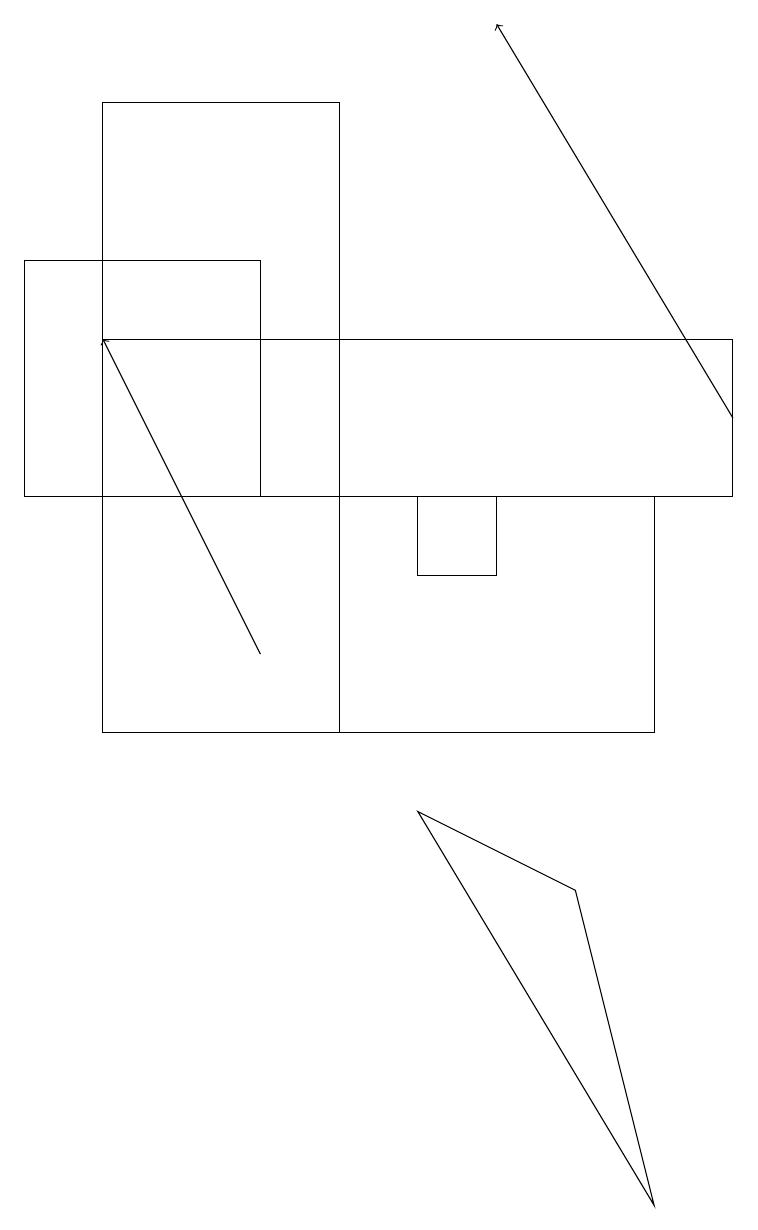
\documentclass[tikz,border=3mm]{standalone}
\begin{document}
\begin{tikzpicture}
\draw (8,4) -- (7,8) -- (5,9) -- cycle;
\draw (1,13) rectangle (9,15);
\draw (1,10) rectangle (8,13);
\draw (0,13) rectangle (3,16);
\draw (5,13) rectangle (6,12);
\draw[->] (3,11) -- (1,15);
\draw[->] (9,14) -- (6,19);
\draw (1,10) rectangle (4,18);
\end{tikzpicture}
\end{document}